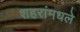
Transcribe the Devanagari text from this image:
शहरांमधले